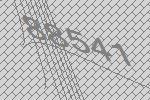
88541